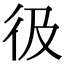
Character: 彶